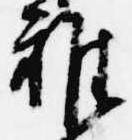
雑